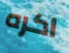
اكره